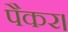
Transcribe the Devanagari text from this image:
पैकर।